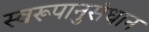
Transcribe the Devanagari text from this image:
स्वरूपानुसंधान